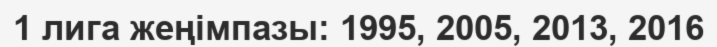
1 лига жеңімпазы: 1995, 2005, 2013, 2016